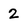
Character: 2